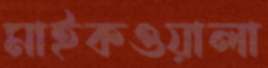
মাইকওয়ালা